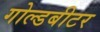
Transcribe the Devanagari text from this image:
गोल्डबीटर